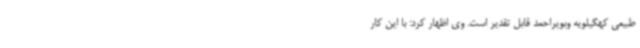
طبیعی کهگیلویه وبویراحمد قابل تقدیر است. وی اظهار کرد: با این کار